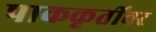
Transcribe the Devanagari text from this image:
पाककृतींवर